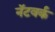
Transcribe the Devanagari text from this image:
नॅटवर्क